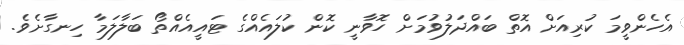
އެހެންވީމަ ކުރިއަށް އޮތް ބައްދަލުވުމަށް ހޮވާނީ ކޮން ކުލައެއްގެ ޓައީއެއްތޯ ބަލާލަމާ ހިނގާށެވެ.